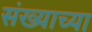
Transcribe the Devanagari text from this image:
संख्याच्या